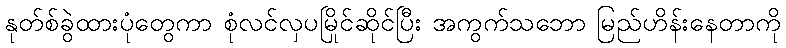
နုတ်စ်ခွဲထားပုံတွေကာ စုံလင်လှပမြိုင်ဆိုင်ပြီး အကွက်သဘော မြည်ဟိန်းနေတာကို